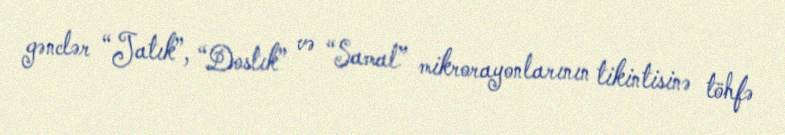
gənclər “Jatık”, “Dostık” və “Samal” mikrorayonlarının tikintisinə töhfə